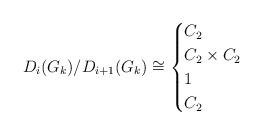
LaTeX: \begin{align*}D_i(G_k)/D_{i+1}(G_k) \cong\begin{cases} C_2 & \\ C_2\times C_2 & \\ 1 & \\ C_2 & \\\end{cases}\end{align*}